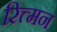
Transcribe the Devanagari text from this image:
रित्त्मन